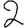
Digit: 2